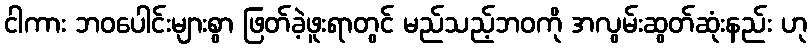
ငါကား ဘဝပေါင်းများစွာ ဖြတ်ခဲ့ဖူးရာတွင် မည်သည့်ဘဝကို အလွမ်းဆွတ်ဆုံးနည်း ဟု